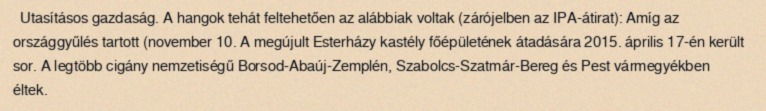
Utasításos gazdaság. A hangok tehát feltehetően az alábbiak voltak (zárójelben az IPA-átirat): Amíg az országgyűlés tartott (november 10. A megújult Esterházy kastély főépületének átadására 2015. április 17-én került sor. A legtöbb cigány nemzetiségű Borsod-Abaúj-Zemplén, Szabolcs-Szatmár-Bereg és Pest vármegyékben éltek.